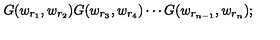
G ( w _ { r _ { 1 } } , w _ { r _ { 2 } } ) G ( w _ { r _ { 3 } } , w _ { r _ { 4 } } ) \cdots G ( w _ { r _ { n - 1 } } , w _ { r _ { n } } ) ;